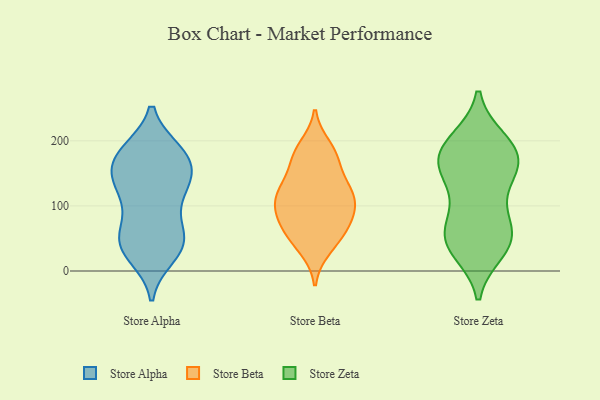
{"axis": {"x": "Waste Production (Tons)", "y": "Value"}, "legend": ["Store Alpha", "Store Beta", "Store Zeta"], "data": [{"x": "", "y": 159, "type": "Store Alpha"}, {"x": "", "y": 41, "type": "Store Alpha"}, {"x": "", "y": 120, "type": "Store Alpha"}, {"x": "", "y": 147, "type": "Store Alpha"}, {"x": "", "y": 61, "type": "Store Alpha"}, {"x": "", "y": 131, "type": "Store Alpha"}, {"x": "", "y": 89, "type": "Store Alpha"}, {"x": "", "y": 130, "type": "Store Alpha"}, {"x": "", "y": 179, "type": "Store Alpha"}, {"x": "", "y": 133, "type": "Store Alpha"}, {"x": "", "y": 57, "type": "Store Alpha"}, {"x": "", "y": 183, "type": "Store Alpha"}, {"x": "", "y": 182, "type": "Store Alpha"}, {"x": "", "y": 183, "type": "Store Alpha"}, {"x": "", "y": 24, "type": "Store Alpha"}, {"x": "", "y": 167, "type": "Store Alpha"}, {"x": "", "y": 34, "type": "Store Alpha"}, {"x": "", "y": 43, "type": "Store Alpha"}, {"x": "", "y": 38, "type": "Store Alpha"}, {"x": "", "y": 99, "type": "Store Beta"}, {"x": "", "y": 169, "type": "Store Beta"}, {"x": "", "y": 86, "type": "Store Beta"}, {"x": "", "y": 89, "type": "Store Beta"}, {"x": "", "y": 35, "type": "Store Beta"}, {"x": "", "y": 127, "type": "Store Beta"}, {"x": "", "y": 173, "type": "Store Beta"}, {"x": "", "y": 73, "type": "Store Beta"}, {"x": "", "y": 180, "type": "Store Beta"}, {"x": "", "y": 49, "type": "Store Beta"}, {"x": "", "y": 126, "type": "Store Beta"}, {"x": "", "y": 74, "type": "Store Beta"}, {"x": "", "y": 114, "type": "Store Beta"}, {"x": "", "y": 122, "type": "Store Beta"}, {"x": "", "y": 51, "type": "Store Beta"}, {"x": "", "y": 190, "type": "Store Beta"}, {"x": "", "y": 121, "type": "Store Beta"}, {"x": "", "y": 78, "type": "Store Zeta"}, {"x": "", "y": 70, "type": "Store Zeta"}, {"x": "", "y": 32, "type": "Store Zeta"}, {"x": "", "y": 45, "type": "Store Zeta"}, {"x": "", "y": 45, "type": "Store Zeta"}, {"x": "", "y": 153, "type": "Store Zeta"}, {"x": "", "y": 159, "type": "Store Zeta"}, {"x": "", "y": 145, "type": "Store Zeta"}, {"x": "", "y": 194, "type": "Store Zeta"}, {"x": "", "y": 41, "type": "Store Zeta"}, {"x": "", "y": 174, "type": "Store Zeta"}, {"x": "", "y": 200, "type": "Store Zeta"}, {"x": "", "y": 107, "type": "Store Zeta"}, {"x": "", "y": 174, "type": "Store Zeta"}, {"x": "", "y": 50, "type": "Store Zeta"}, {"x": "", "y": 164, "type": "Store Zeta"}, {"x": "", "y": 197, "type": "Store Zeta"}]}